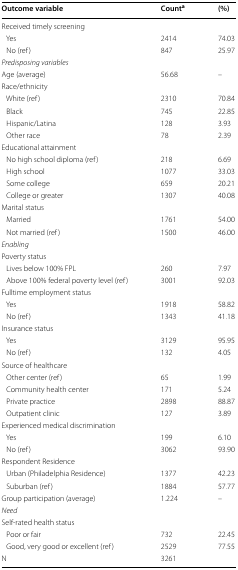
| Outcome variable | Counta | (%) |
 | --- | --- | --- |
 | <COLSPAN=3> Received timely screening |
 | Yes | 2414 | 74.03 |
 | No (ref) | 847 | 25.97 |
 | <COLSPAN=3> Predisposing variables |
 | Age (average) | 56.68 | – |
 | <COLSPAN=3> Race/ethnicity |
 | White (ref) | 2310 | 70.84 |
 | Black | 745 | 22.85 |
 | Hispanic/Latina | 128 | 3.93 |
 | Other race | 78 | 2.39 |
 | <COLSPAN=3> Educational attainment |
 | No high school diploma (ref) | 218 | 6.69 |
 | High school | 1077 | 33.03 |
 | Some college | 659 | 20.21 |
 | College or greater | 1307 | 40.08 |
 | <COLSPAN=3> Marital status |
 | Married | 1761 | 54.00 |
 | Not married (ref) | 1500 | 46.00 |
 | <COLSPAN=3> Enabling |
 | <COLSPAN=3> Poverty status |
 | Lives below 100% FPL | 260 | 7.97 |
 | Above 100% federal poverty level (ref) | 3001 | 92.03 |
 | <COLSPAN=3> Fulltime employment status |
 | Yes | 1918 | 58.82 |
 | No (ref) | 1343 | 41.18 |
 | <COLSPAN=3> Insurance status |
 | Yes | 3129 | 95.95 |
 | No (ref) | 132 | 4.05 |
 | <COLSPAN=3> Source of healthcare |
 | Other center (ref) | 65 | 1.99 |
 | Community health center | 171 | 5.24 |
 | Private practice | 2898 | 88.87 |
 | Outpatient clinic | 127 | 3.89 |
 | <COLSPAN=3> Experienced medical discrimination |
 | Yes | 199 | 6.10 |
 | No (ref) | 3062 | 93.90 |
 | <COLSPAN=3> Respondent Residence |
 | Urban (Philadelphia Residence) | 1377 | 42.23 |
 | Suburban (ref) | 1884 | 57.77 |
 | Group participation (average) | 1.224 | – |
 | <COLSPAN=3> Need |
 | <COLSPAN=3> Self-rated health status |
 | Poor or fair | 732 | 22.45 |
 | Good, very good or excellent (ref) | 2529 | 77.55 |
 | N | 3261 |  |